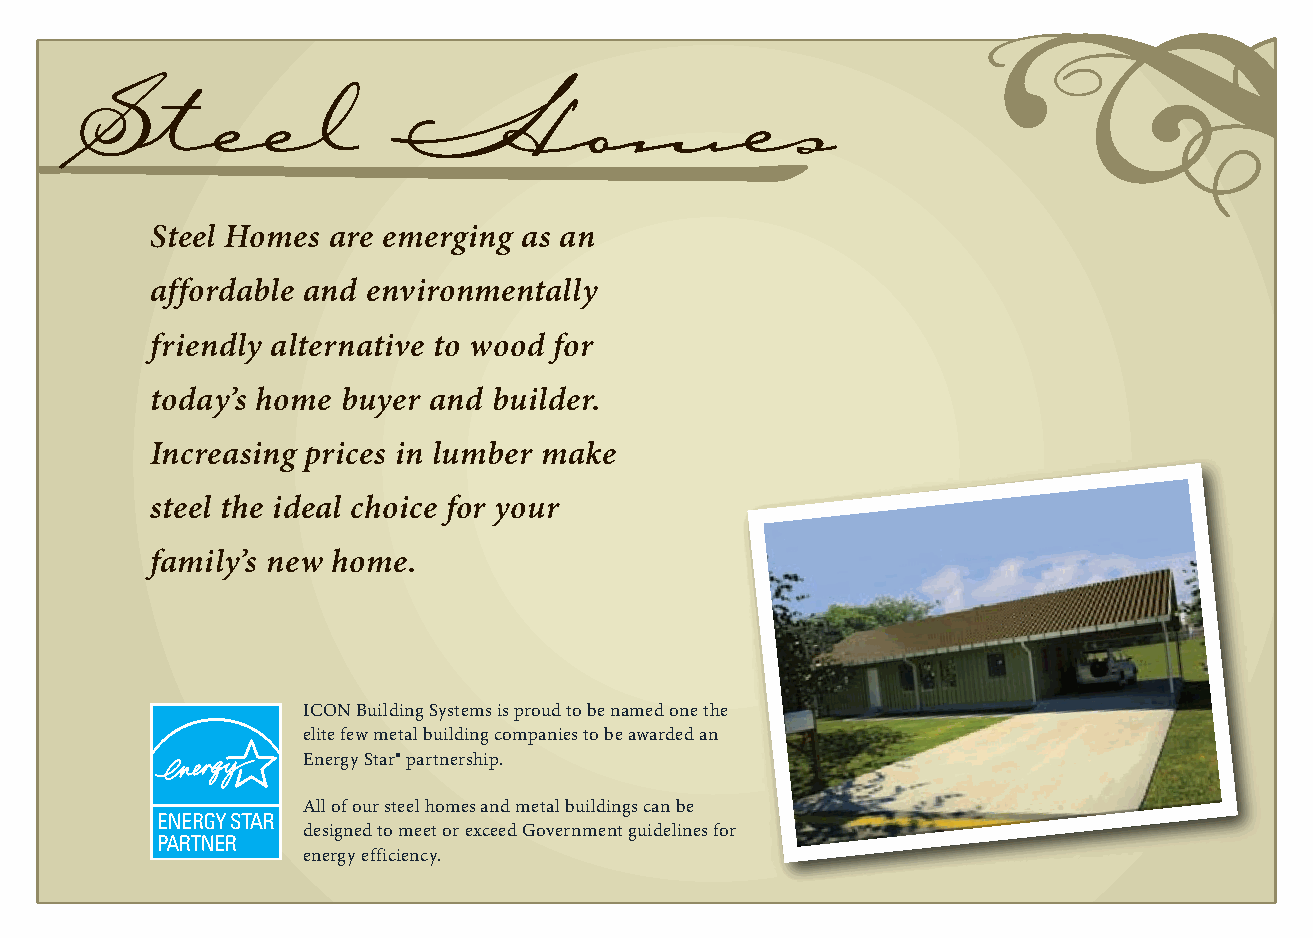
Steel                Homes
 Steel Homes are emerging as an
 affordable and environmentally
 friendly alternative to wood for
 today’s home buyer and builder.
 Increasing prices in lumber make
 steel the ideal choice for your
 family’s new home.
 ICON Building Systems is proud to be named one the
 elite few metal building companies to be awarded an
 Energy Star® partnership.
 All of our steel homes and metal buildings can be
 designed to meet or exceed Government guidelines for
 energy efficiency.
 All of our steel homes and metal buildings meet or exceede
 Government guidelines for energy efficiency.
 With new and more rigorous EPA guidelines to earn the label, ENERGY STAR qualified homes are quieter and more comfortable than ever,
 have lower utility bills, and help protect the environment by reducing greenhouse gas emissions. Look for a home with the ENERGY STAR,
 the government-backed symbol for superior energy efficiency.
 ENERGY STAR qualified homes offer homebuyers all the features they want in a new home, plus energy-efficient improvements that deliver
 better performance, greater comfort, and lower utility bills.